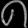
Digit: ၈